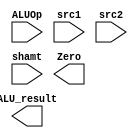
// ALU

module ALU ( ALUOp,
			 src1,
			 src2,
			 shamt,
			 ALU_result,
			 Zero);
	
	parameter bit_size = 32;
	
	input [3:0] ALUOp;
	input [bit_size-1:0] src1;
	input [bit_size-1:0] src2;
	input [4:0] shamt;
	
	output [bit_size-1:0] ALU_result;
	output Zero;
			
	// write your code in here

endmodule